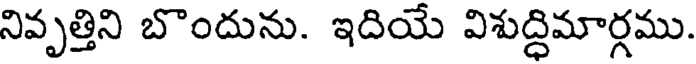
నివృత్తిని బొందును. ఇదియే విశుద్ధిమార్గము.